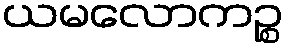
ယမလောကဉ္စ